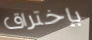
بإختراق